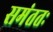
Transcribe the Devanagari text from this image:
समंततः